Report on vaccination in the Province of Bengal - 1869-1873
Year: 1869
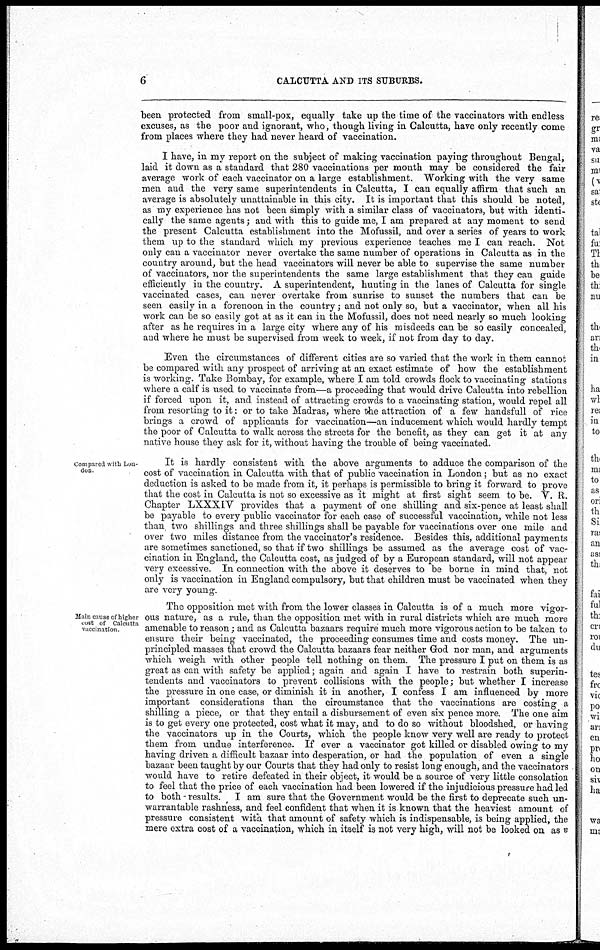
6
CALCUTTA AND ITS SUBURBS.
been protected from small-pox, equally take up the time of the vaccinators with endless
excuses, as the poor and ignorant, who, though living in Calcutta, have only recently come
from places where they had never heard of vaccination.
I have, in my report on the subject of making vaccination paying throughout Bengal,
laid it down as a standard that 280 vaccinations per month may be considered the fair
average work of each vaccinator on a large establishment. Working with the very same
men and the very same superintendents in Calcutta, I can equally affirm that such an
average is absolutely unattainable in this city. It is important that this should be noted,
as my experience has not been simply with a similar class of vaccinators, but with identi-
cally the same agents; and with this to guide me, I am prepared at any moment to send
the present Calcutta establishment into the Mofussil, and over a series of years to work
them up to the standard which my previous experience teaches me I can reach. Not
only can a vaccinator never overtake the same number of operations in Calcutta as in the
country around, but the head vaccinators will never be able to supervise the same number
of vaccinators, nor the superintendents the same large establishment that they can guide
efficiently in the country. A superintendent, hunting in the lanes of Calcutta for single
vaccinated cases, can never overtake from sunrise to sunset the numbers that can be
seen easily in a forenoon in the country; and not only so, but a vaccinator, when all his
work can be so easily got at as it can in the Mofussil, does not need nearly so much looking
after as he requires in a large city where any of his misdeeds can be so easily concealed,
and where he must be supervised from week to week, if not from day to day.
Even the circumstances of different cities are so varied that the work in them cannot
be compared with any prospect of arriving at an exact estimate of how the establishment
is working. Take Bombay, for example, where I am told crowds flock to vaccinating stations
where a calf is used to vaccinate from—a proceeding that would drive Calcutta into rebellion
if forced upon it, and instead of attracting crowds to a vaccinating station, would repel all
from resorting to it: or to take Madras, where the attraction of a few handsfull of rice
brings a crowd of applicants for vaccination—an inducement which would hardly tempt
the poor of Calcutta to walk across the streets for the benefit, as they can get it at any
native house they ask for it, without having the trouble of being vaccinated.
Compared with Lon-
don
It is hardly consistent with the above arguments to adduce the comparison of the
cost of vaccination in Calcutta with that of public vaccination in London; but as no exact
deduction is asked to be made from it, it perhaps is permissible to bring it forward to prove
that the cost in Calcutta is not so excessive as it might at first sight seem to be. V. R.
Chapter LXXXIV provides that a payment of one shilling and six-pence at least shall
be payable to every public vaccinator for each case of successful vaccination, while not less
than, two shillings and three shillings shall be payable for vaccinations over one mile and
over two miles distance from the vaccinator's residence. Besides this, additional payments
are sometimes sanctioned, so that if two shillings be assumed as the average cost of vac-
cination in England, the Calcutta cost, as judged of by a European standard, will not appear
very excessive. In connection with the above it deserves to be borne in mind that, not
only is vaccination in England compulsory, but that children must be vaccinated when they
are very young.
Main cause of higher
cost of Calcutta
vaccination.
The opposition met with from the lower classes in Calcutta is of a much more vigor-
ous nature, as a rule, than the opposition met with in rural districts which are much more
amenable to reason; and as Calcutta bazaars require much more vigorous action to be taken to
ensure their being vaccinated, the proceeding consumes time and costs money. The un-
principled masses that crowd the Calcutta bazaars fear neither God nor man, and arguments
which weigh with other people tell nothing on them. The pressure I put on them is as
great as can with safety be applied; again and again I have to restrain both superin-
tendents and vaccinators to prevent collisions with the people; but whether I increase
the pressure in one case, or diminish it in another, I confess I am influenced by more
important considerations than the circumstance that the vaccinations are costing a
shilling a piece, or that they entail a disbursement of even six pence more. The one aim
is to get every one protected, cost what it may, and to do so without bloodshed, or having
the vaccinators up in the Courts, which the people know very well are ready to protect
them from undue interference. If ever a vaccinator got killed or disabled owing to my
having driven a difficult bazaar into desperation, or had the population of even a single
bazaar been taught by our Courts that they had only to resist long enough, and the vaccinators
would have to retire defeated in their object, it would be a source of very little consolation
to feel that the price of each vaccination had been lowered if the injudicious pressure had led
to both results. I am sure that the Government would be the first to deprecate such un-
warrantable rashness, and feel confident that when it is known that the heaviest amount of
pressure consistent with that amount of safety which is indispensable, is being applied, the
mere extra cost of a vaccination, which in itself is not very high, will not be looked on as a